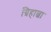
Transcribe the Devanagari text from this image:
ग्रिहाल्वा